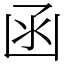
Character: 函